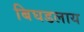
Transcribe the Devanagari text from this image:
बिघडलाय